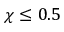
\chi \leq 0 . 5